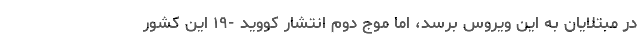
در مبتلایان به این ویروس برسد، اما موج دوم انتشار کووید -۱۹ این کشور